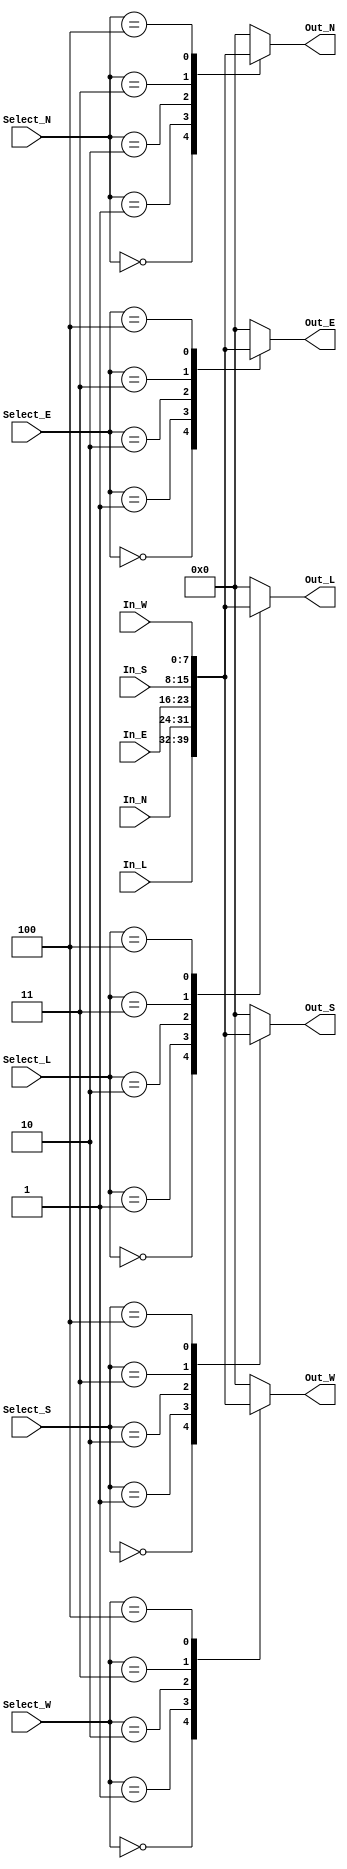
`timescale 1ns / 1ps
//////////////////////////////////////////////////////////////////////////////////
// Company: 
// Engineer: 
// 
// Design Name: 
// Module Name:    crossbar 
// Project Name: 
// Target Devices: 
// Tool versions: 
// Description: crossbar 5 port in out for Router 5 port (local, north , east , west, south).
//
//		L(0)	 N(1)
//		
//      W(4)			E(2)
//
//			 	 S(3)
//
//
// Dependencies: 
//
// Revision: 
// Revision 0.01 - File Created
// Additional Comments: 
// Check : OK
//////////////////////////////////////////////////////////////////////////////////
module crossbar
#(parameter DATA_WIDTH = 8,
  parameter N_BIT_SEL = 3)
(input [DATA_WIDTH-1:0] In_L, In_N, In_E, In_W, In_S,
 output reg [DATA_WIDTH-1:0] Out_L, Out_N, Out_E, Out_W, Out_S,
 input[N_BIT_SEL-1:0] Select_L, Select_N,Select_E, Select_W, Select_S
    );


	always@(*)
		begin
				//local port
					case(Select_L)
						3'd0: Out_L = In_L;
						3'd1: Out_L = In_N;
						3'd2: Out_L = In_E;
						3'd3: Out_L = In_S;
						3'd4: Out_L = In_W;
						default: Out_L = 0;
					endcase
				//North port
					case(Select_N)
						3'd0: Out_N = In_L;
						3'd1: Out_N = In_N;
						3'd2: Out_N = In_E;
						3'd3: Out_N = In_S;
						3'd4: Out_N = In_W;
						default: Out_N = 0;
					endcase
				//West port
					case(Select_W)
						3'd0: Out_W = In_L;
						3'd1: Out_W = In_N;
						3'd2: Out_W = In_E;
						3'd3: Out_W = In_S;
						3'd4: Out_W = In_W;
						default: Out_W = 0;
					endcase
				//South port
					case(Select_S)
						3'd0: Out_S = In_L;
						3'd1: Out_S = In_N;
						3'd2: Out_S = In_E;
						3'd3: Out_S = In_S;
						3'd4: Out_S = In_W;
						default: Out_S = 0;
					endcase
				//Ease port
					case(Select_E)
						3'd0: Out_E = In_L;
						3'd1: Out_E = In_N;
						3'd2: Out_E = In_E;
						3'd3: Out_E = In_S;
						3'd4: Out_E = In_W;
						default: Out_E = 0;
					endcase
	
		end

endmodule